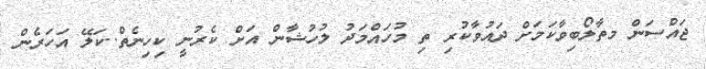
ޖައްސަން މތާލޯބިވާކަމަށް ދައުވާކުރި ތި މުހައްމަދު ލުހުޝާން އަށް ކެރުނީ ކިހިނެތް..ކަލޭ އަހަރެން